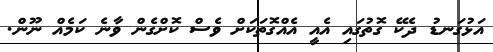
އަޅުގަނޑު ދެކޭ ގޮތުގައި އެއީ އެއްގޮތަކަށް ވެސް ކޮށްގެން ވާނެ ކަމެއް ނޫން.